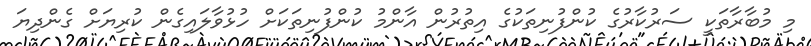
މި މުބާރާތަކީ ސަރުކާރުގެ ކުންފުނިތަކުގެ އިތުރުން އާންމު ކުންފުނިތަކަށް ހުޅުވާލައިގެން ކުރިޔަށް ގެންދިޔަ